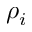
\rho _ { i }